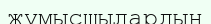
жұмысшылардың